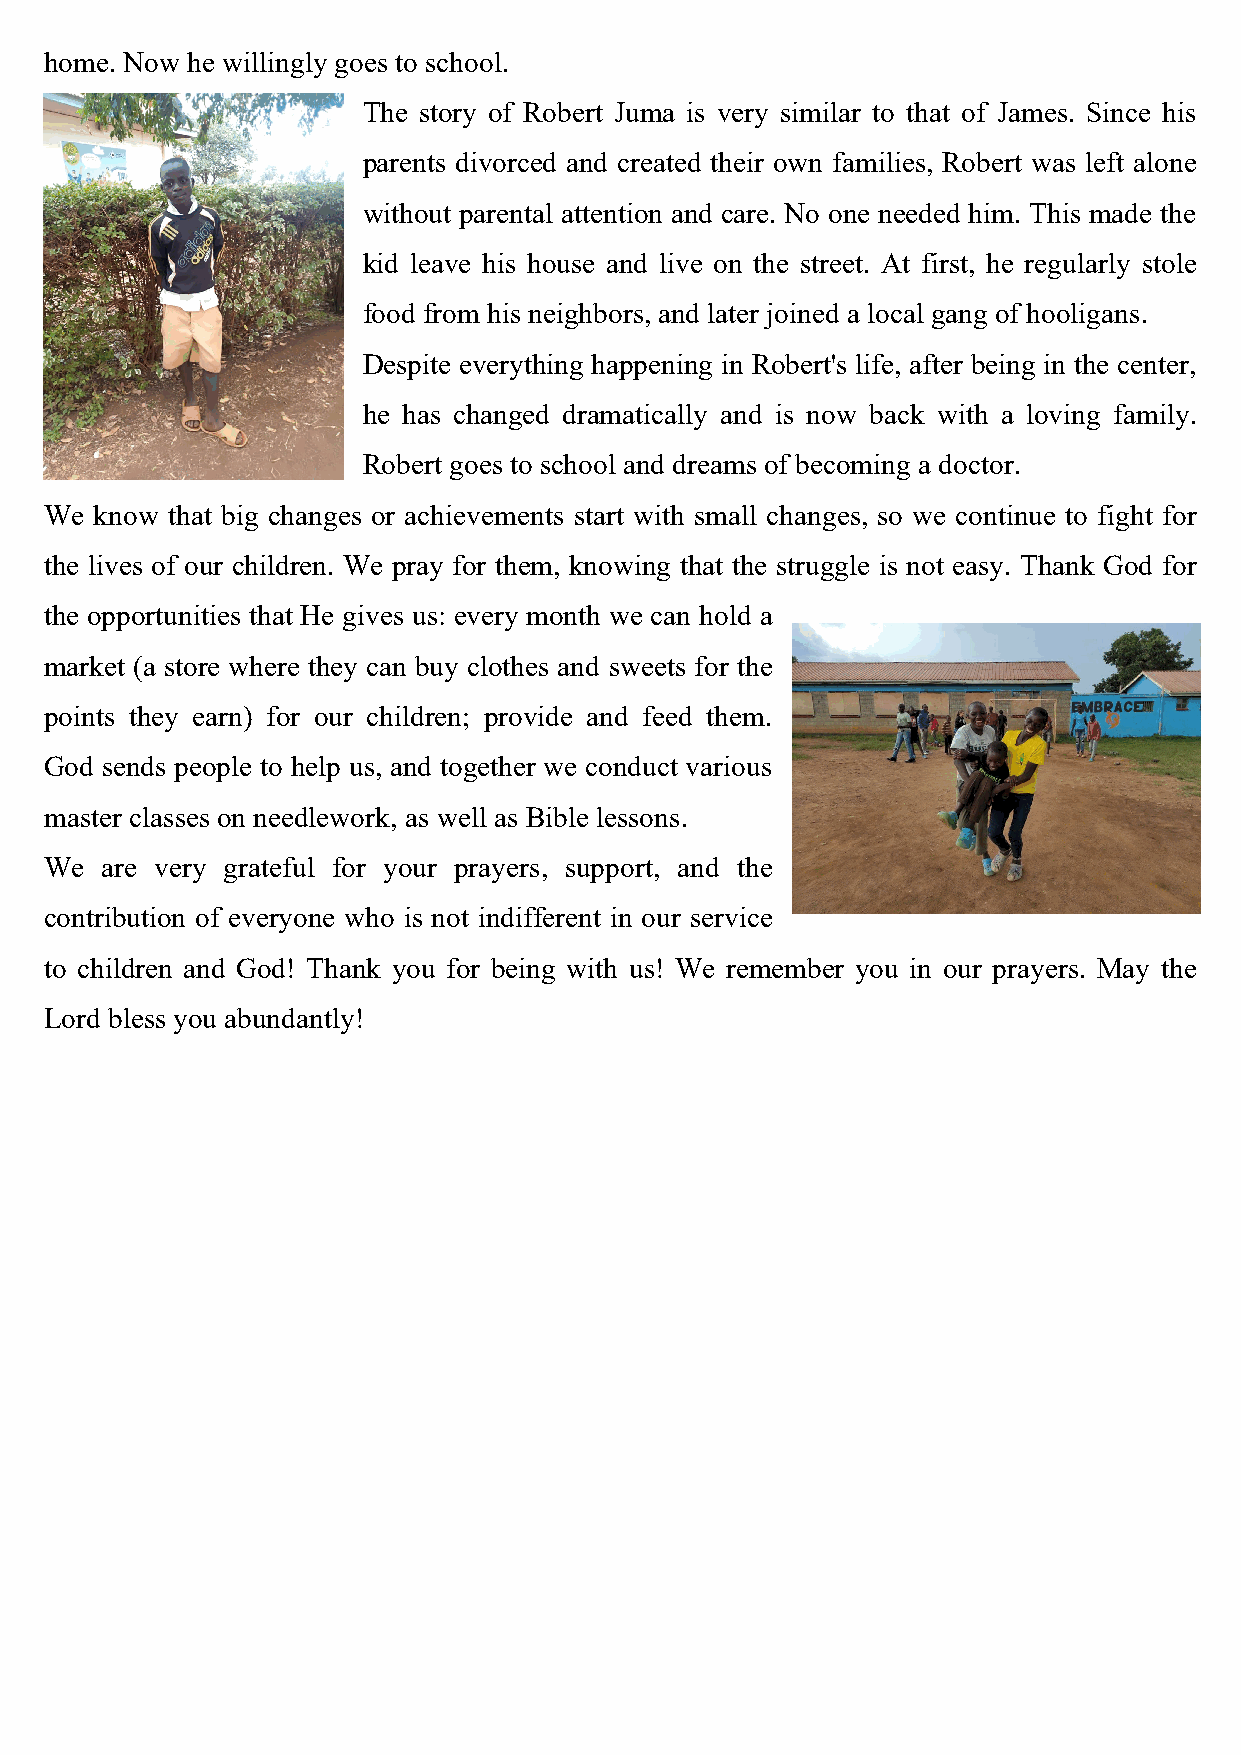
home. Now he willingly goes to school.
 The story of Robert Juma is very similar to that of James. Since his
 parents divorced and created their own families, Robert was left alone
 without parental attention and care. No one needed him. This made the
 kid leave his house and live on the street. At first, he regularly stole
 food from his neighbors, and later joined a local gang of hooligans.
 Despite everything happening in Robert's life, after being in the center,
 he has changed dramatically and is now back with a loving family.
 Robert goes to school and dreams of becoming a doctor.
 We know that big changes or achievements start with small changes, so we continue to fight for
 the lives of our children. We pray for them, knowing that the struggle is not easy. Thank God for
 the opportunities that He gives us: every month we can hold a
 market (a store where they can buy clothes and sweets for the
 points they earn) for our children; provide and feed them.
 God sends people to help us, and together we conduct various
 master classes on needlework, as well as Bible lessons.
 We  are very grateful for your prayers, support, and the
 contribution of everyone who is not indifferent in our service
 to children and God! Thank you for being with us! We remember you in our prayers. May the
 Lord bless you abundantly!